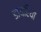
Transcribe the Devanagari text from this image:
डायरियो